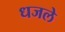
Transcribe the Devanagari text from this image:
धजले